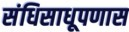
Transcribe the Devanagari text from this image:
संधिसाधूपणास